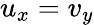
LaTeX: u_{x}=v_{y}